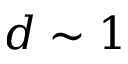
d \sim 1